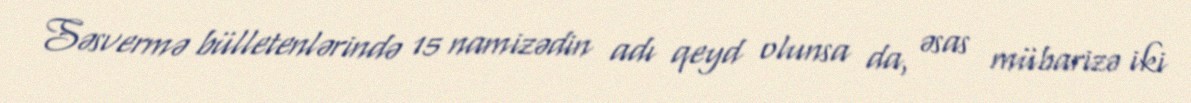
Səsvermə bülletenlərində 15 namizədin adı qeyd olunsa da, əsas mübarizə iki